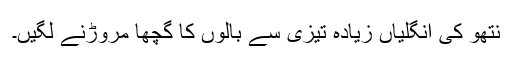
نتھو کی انگلیاں زیادہ تیزی سے بالوں کا گچھا مروڑنے لگیں۔